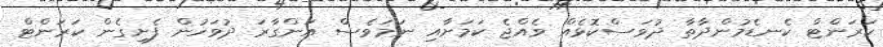
ކަރަންޓް ކެނޑެމުންދާތާ ދުވަސްކޮޅެއް ވެއްޖެ ކަމަށާއި ނަމަވެސް އަންގާރަ ދުވަހުން ފެށިގެން ކަރަންޓް